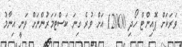
ވަރަކަށް ޕޮއިންޓް ހޯދި 12000 އަށް ވުރެ ގިނަ ކަސްޓަމަރުންނަށް ވަނީ އިނާމު